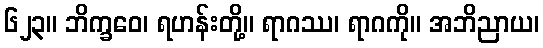
၆၂၃။ ဘိက္ခဝေ၊ ရဟန်းတို့။ ရာဂဿ၊ ရာဂကို။ အဘိညာယ၊